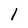
Character: 1